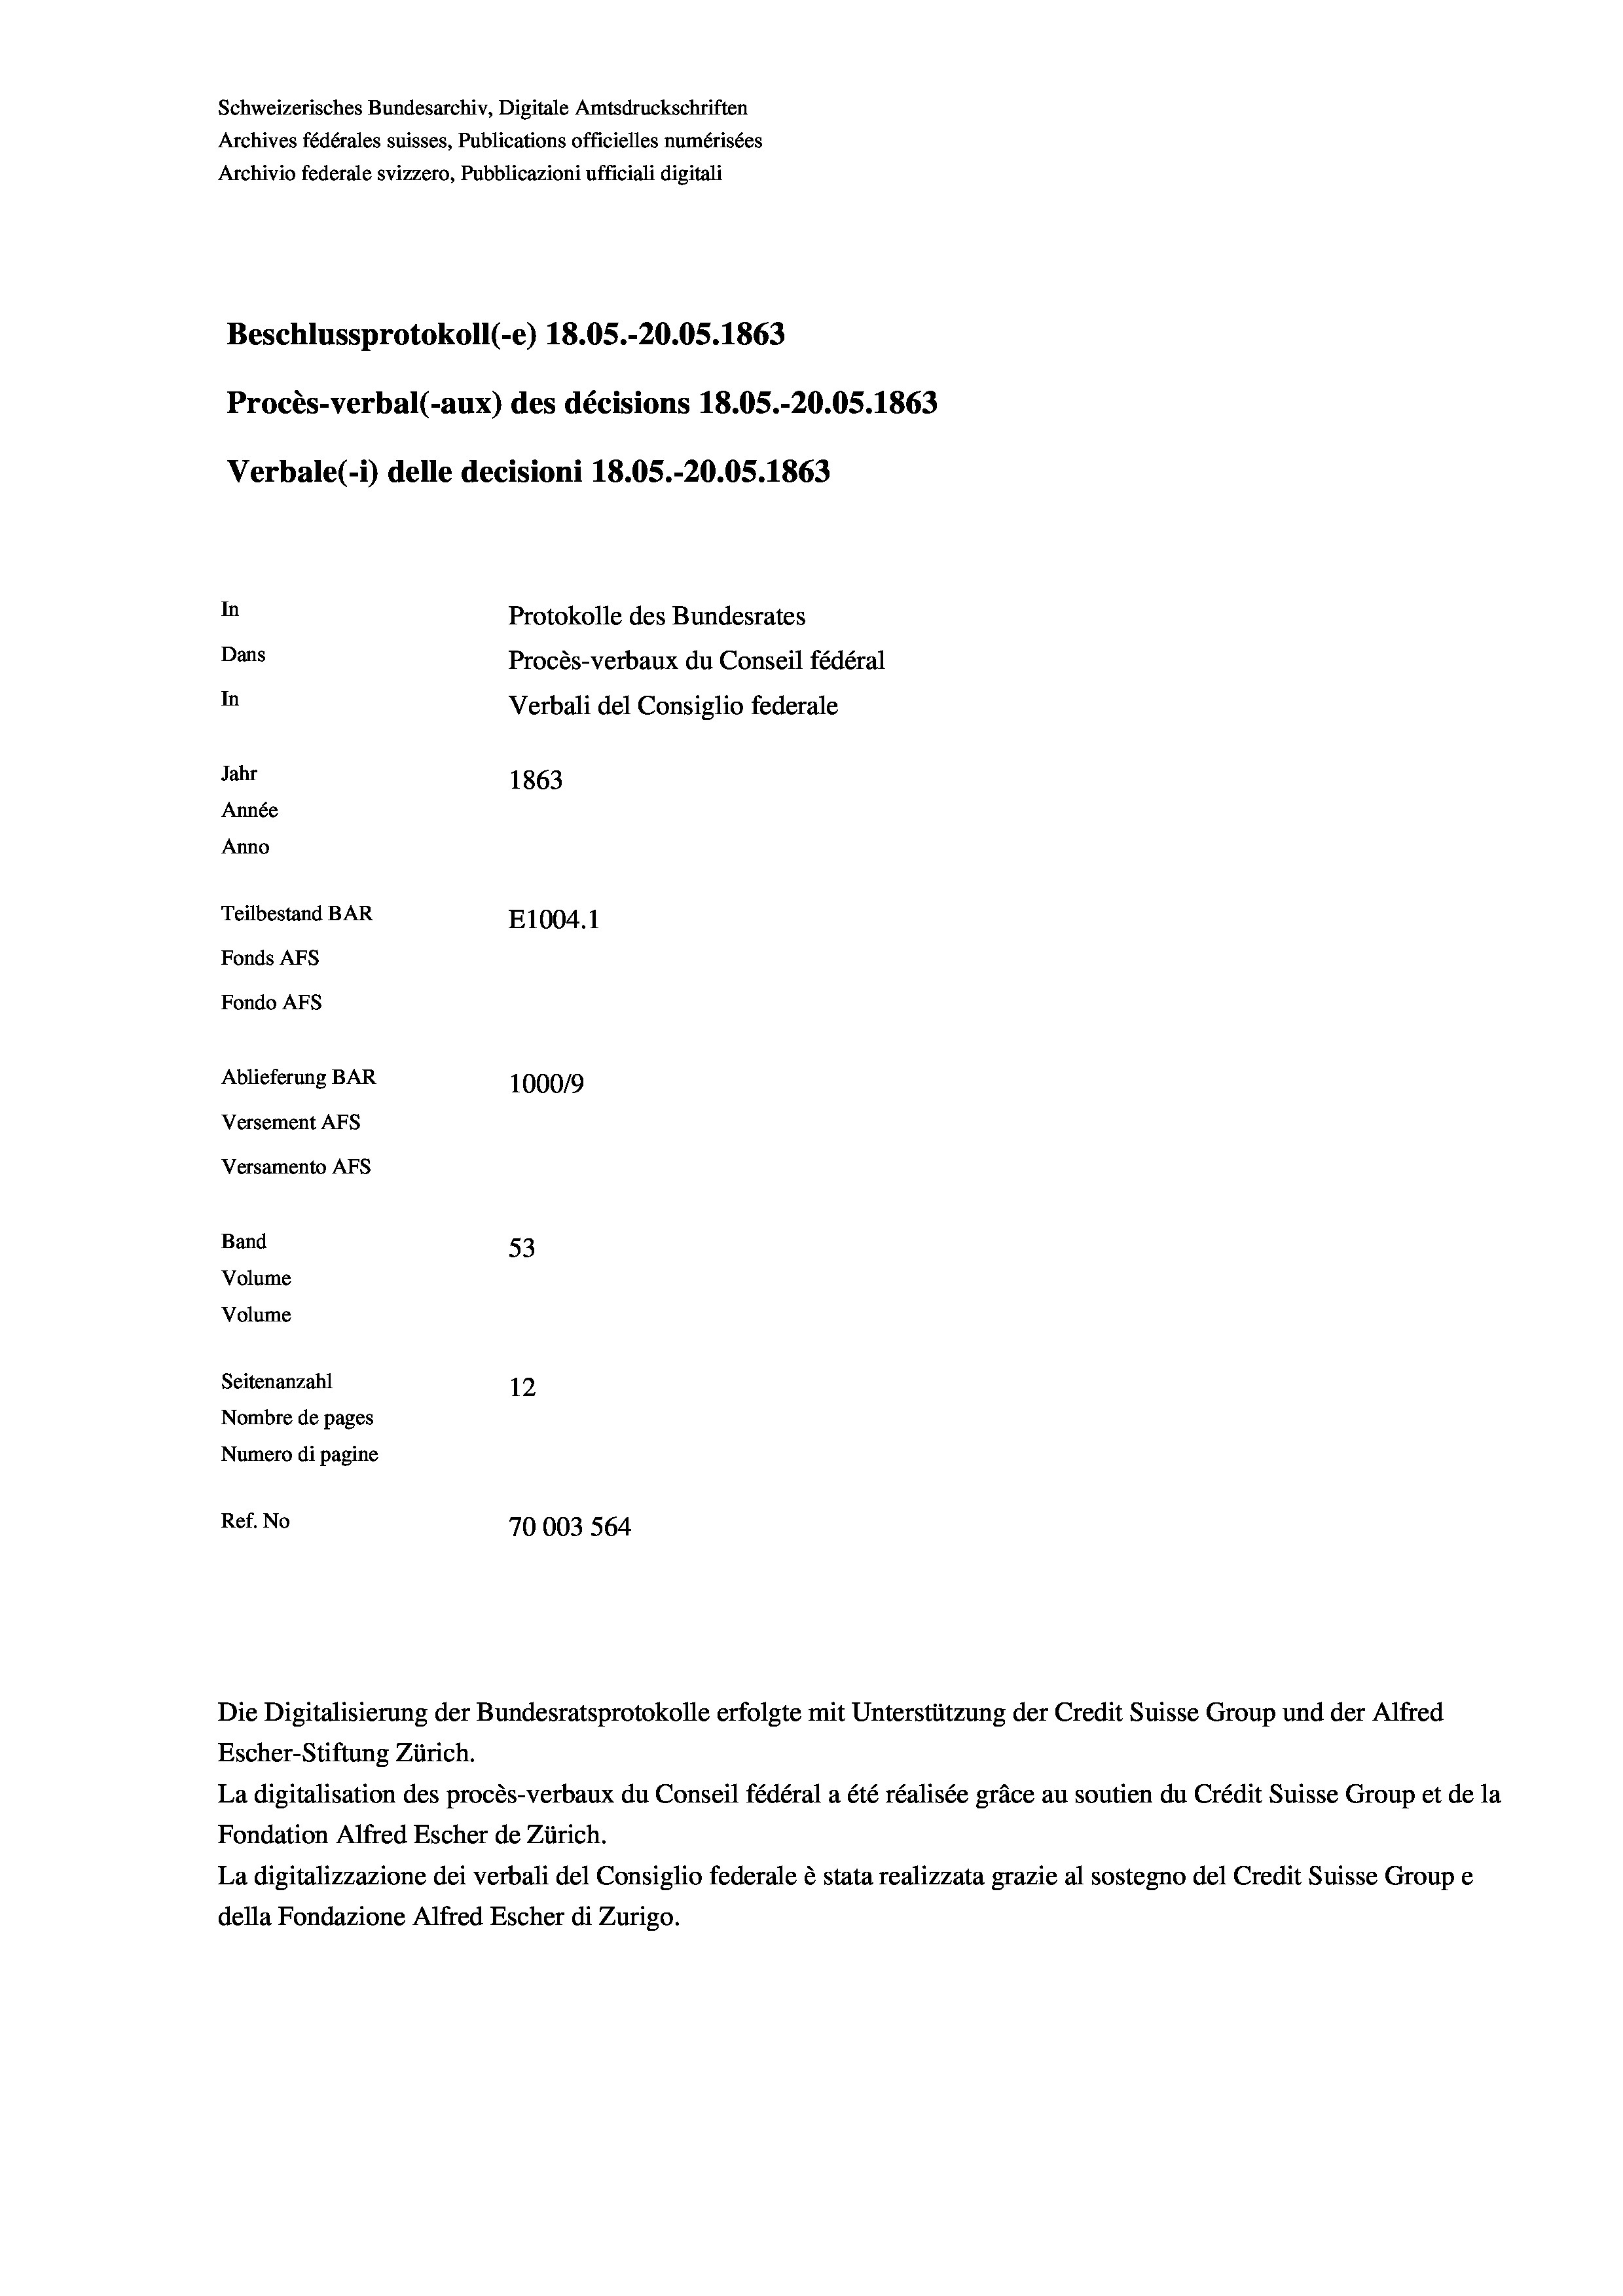
Beschlussprotokoll (-e) 18.05.-20.05. 1863
Procès-verbal (-aux) des décisions 18.05.-20.05. 1863
In
Protokolle des Bundesrates
Dans
Procès-verbaux du Conseil fédéral
In
Verbali del Consiglio federale
Jahr
1863
Année
Anno
Teilbestand BAR
E1004. 1
Fonds AFs
Fondo AFS
Ablieferung BAR
100019
Versement AFs
Versamento AFs

Band
Volume
Volume

Schweizerisches Bundesarchiv, Digitale Amtsdruckschriften
Archives fédérales suisses, Publications officielles numérisées
Archivio federale svizzero, Pubblicazioni ufficiali digitali

53
Seitenanzahl
12
Nombre de pages
Numero di pagine
Ref. No
70003 564

Escher-Stiftung Zürich.
La digitalisation des procès-verbaux du Conseil fédéral a été réalisée gräce au soutien du Crédit Suisse Group et de la
Fondation Alfred Escher de Zürich.
La digitalizzazione dei verbali del Consiglio federale è stata realizzata grazie al sostegno del Credit Suisse Groupe
della Fondazione Alfred Escher di Zurigo.

Verbale(-*) delle decisioni 18.05.-20.05. 1863

Die Digitalisierung der Bundesratsprotokolle erfolgte mit Unterstützung der Credit Suisse Group und der Alfred